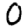
Digit: 0